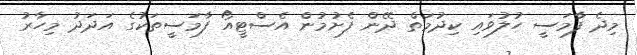
މިދެ ފާމަސީ ހުލުވައި ކިދުމަތް ދޭން ފެށުމުން އެސްޓީއޯ ފާމަސީތަކުގެ އަދަދު މިހާރު